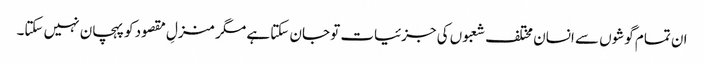
ان تمام گوشوں سے انسان مختلف شعبوں کی جزئیات تو جان سکتا ہے مگر منزلِ مقصود کو پہچان نہیں سکتا۔